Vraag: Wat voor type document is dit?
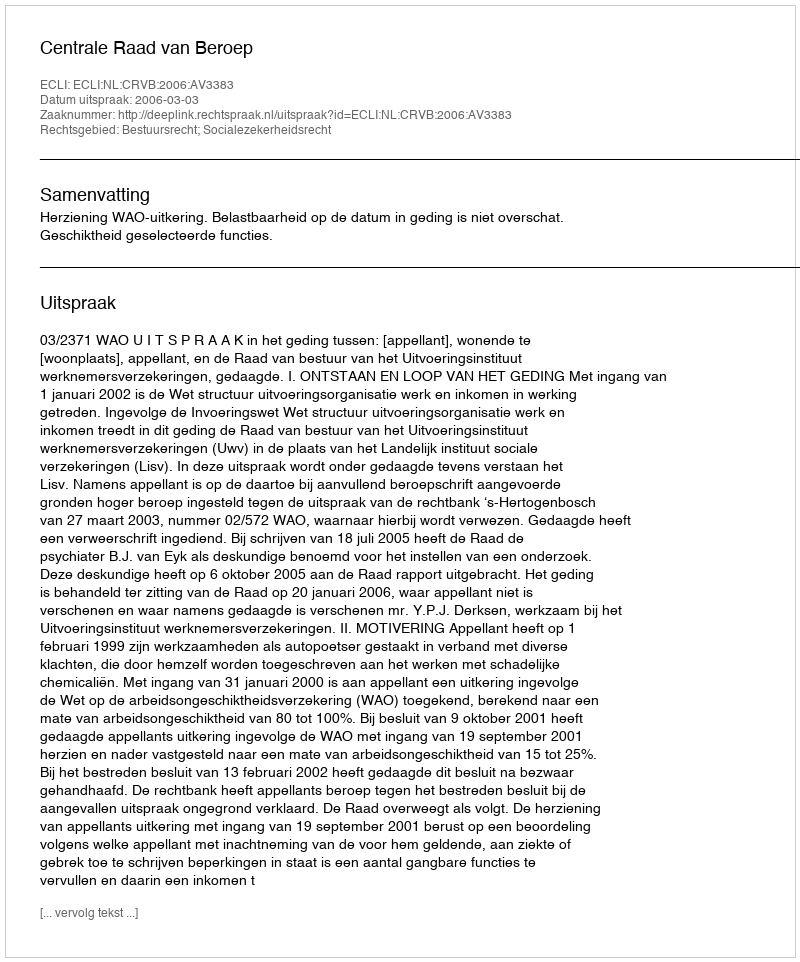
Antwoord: Uitspraak